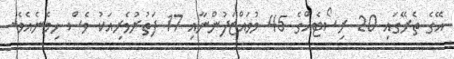
އޭގެ ތެރޭގައި 20 ރިސޯޓެއްގެ 45 މުވައްޒަފުންނާއި 17 ފަތުރުވެރިއަކު ވެސް ހިމެނެއެވެ.